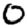
Digit: 0